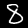
Digit: 8